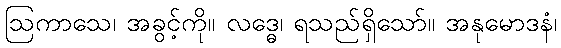
ဩကာသေ၊ အခွင့်ကို။ လဒ္ဓေ၊ ရသည်ရှိသော်။ အနုမောဒနံ၊